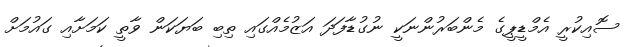
ސޮއިކުރީ އެމްޑީޕީގެ މެންބަރުންނަކީ ނުގުޑާފަދަ އަޒުމެއްގައި ތިބި ބަޔަކަން ވާތީ ކަމަށާއި ގައުމަށް